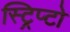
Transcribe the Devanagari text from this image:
स्ट्रिप्टो